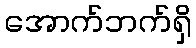
အောက်ဘက်ရှိ